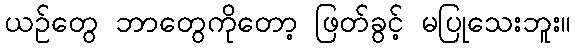
ယဉ်တွေ ဘာတွေကိုတော့ ဖြတ်ခွင့် မပြုသေးဘူး။